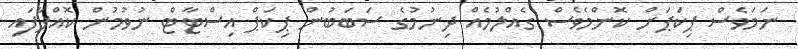
ނަމަވެސް ޕިކަޕަށް ކޮންްމެވެސް ގެއްލުމެއް ދިނުމުގެ ސަބަބުން ޕިކަޕް އިސްޓާޓް ނުވުމުން ކޮއްޕާފައި